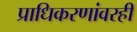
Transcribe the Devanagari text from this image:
प्राधिकरणांवरही